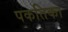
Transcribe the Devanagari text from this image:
पकतिका